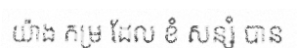
យ៉ាង កម្រ ដែល ខំ សន្សំ បាន